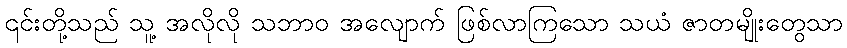
၎င်းတို့သည် သူ့ အလိုလို သဘာဝ အလျောက် ဖြစ်လာကြသော သယံ ဇာတမျိုးတွေသာ